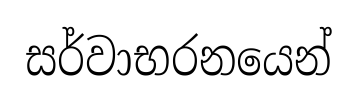
සර්වාභරනයෙන්